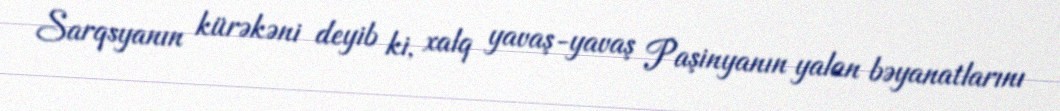
Sarqsyanın kürəkəni deyib ki, xalq yavaş-yavaş Paşinyanın yalan bəyanatlarını